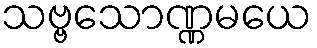
သဗ္ဗသောဏ္ဏမယေ